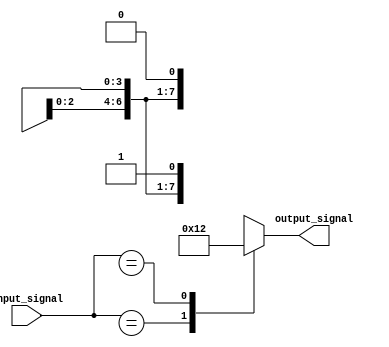
module x_based_case(input wire [7:0] input_signal,
                    output reg [3:0] output_signal);

always @(*)
begin
    case(input_signal)
        8'bx0: output_signal = 4'b0001;
        8'bx1: output_signal = 4'b0010;
        8'bxz: output_signal = 4'b0100;
        8'bx?: output_signal = 4'b1000;
        default: output_signal = 4'b0000;
    endcase
end

endmodule